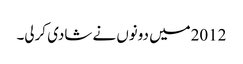
2012میں دونوں نے شادی کرلی۔